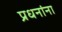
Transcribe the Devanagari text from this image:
प्रधनांना